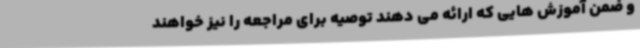
و ضمن آموزش هایی که ارائه می دهند توصیه برای مراجعه را نیز خواهند